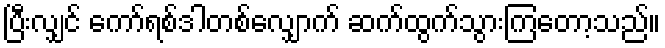
ပြီးလျှင် ကော်ရစ်ဒါတစ်လျှောက် ဆက်ထွက်သွားကြတော့သည်။